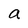
Character: a